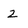
Character: 2